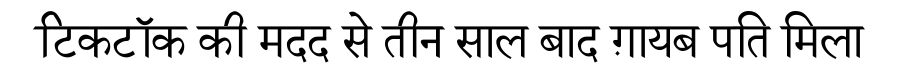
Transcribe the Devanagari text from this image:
टिकटॉक की मदद से तीन साल बाद ग़ायब पति मिला